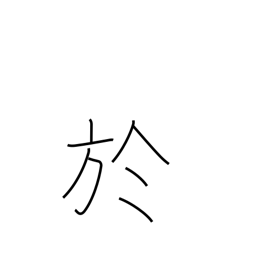
Meaning: on